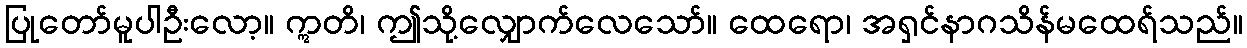
ပြုတော်မူပါဦးလော့။ ဣတိ၊ ဤသို့လျှောက်လေသော်။ ထေရော၊ အရှင်နာဂသိန်မထေရ်သည်။